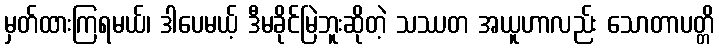
မှတ်ထားကြရမယ်၊ ဒါပေမယ့် ဒီမခိုင်မြဲဘူးဆိုတဲ့ သဿတ အယူဟာလည်း သောတာပတ္တိ